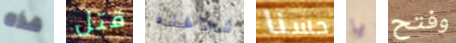
هذه قتل شجاعته حسنا يا وفتح